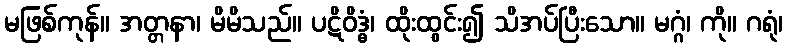
မဖြစ်ကုန်။ အတ္တနာ၊ မိမိသည်။ ပဋိဝိဒ္ဓံ၊ ထိုးထွင်း၍ သိအပ်ပြီးသော။ မဂ္ဂံ၊ ကို။ ဂရုံ၊